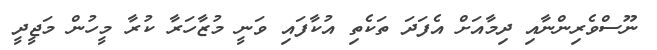
ނޫސްވެރިންނާއި ދިމާއަށް އެފަދަ ތަކެތި އުކާފައި ވަނީ މުޒާހަރާ ކުރާ މީހުން މަޖީދީ